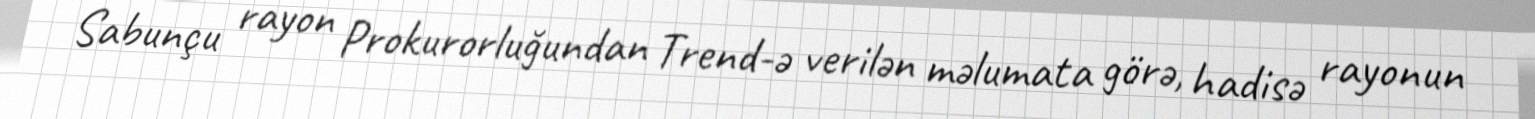
Sabunçu rayon Prokurorluğundan Trend-ə verilən məlumata görə, hadisə rayonun